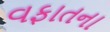
વફાતના